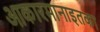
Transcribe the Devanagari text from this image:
आकारमानाइतका